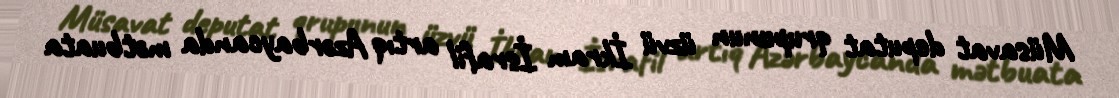
Müsavat deputat qrupunun üzvü İkram İsrafil artıq Azərbaycanda mətbuata